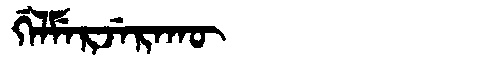
Manchu: ᡤᡝᠯᠮᡝᡵᠵᡝᡵᠠᡴᡡ
Romanization: GELMERJERAKŪ